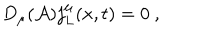
D _ { \mu } ( { \cal A } ) j _ { L } ^ { \mu } ( x , t ) = 0 \ ,